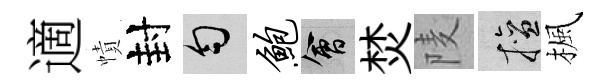
適幘封匀鲍會焚𨹧擅楓